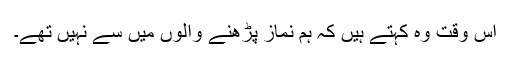
اس وقت وہ کہتے ہیں کہ ہم نماز پڑھنے والوں میں سے نہیں تھے۔